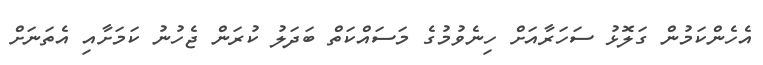
އެހެންކަމުން ގަލޮޅު ސަހަރާއަށް ހިނެވުމުގެ މަސައްކަތް ބަދަލު ކުރަން ޖެހުނު ކަމަށާއި އެތަނަށް